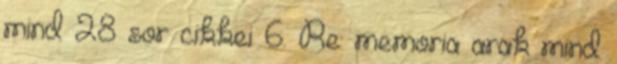
mind 28 sor cikkei 6. Re: memoria arak mind